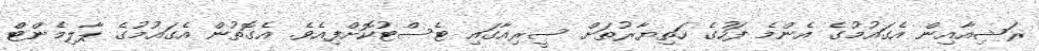
ރަޝިއާއިން އެގައުމުގެ އެންމެ ފަހުގެ ހަތިޔާރުތަށް ސީރިއާގައި ޓެސްޓުކޮށްފިއެވެެ. އެގޮތުން އެގައުމުގެ ޕާލިމެންޓް